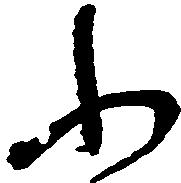
ふ